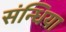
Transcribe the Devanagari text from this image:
संन्धिया